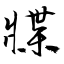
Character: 牃